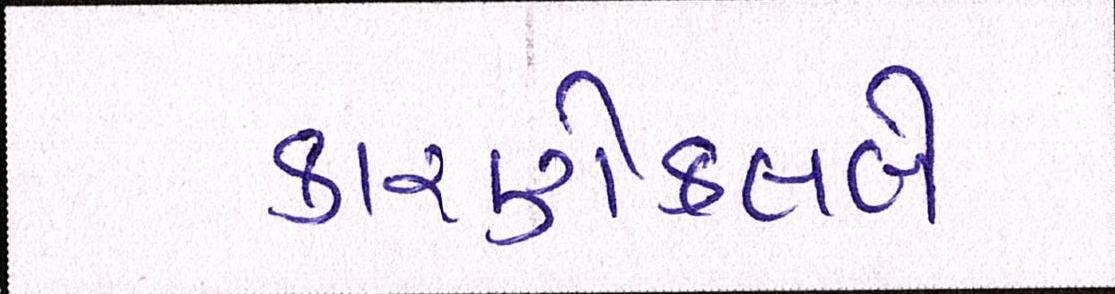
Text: કારણેક્લબે